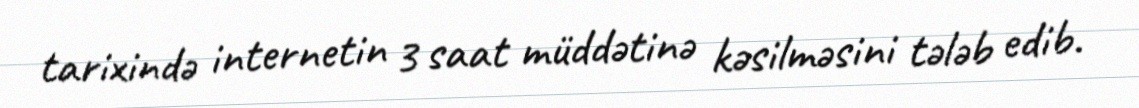
tarixində internetin 3 saat müddətinə kəsilməsini tələb edib.